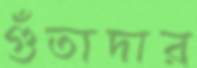
গুঁতাদার